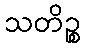
သတိဉ္စ